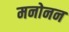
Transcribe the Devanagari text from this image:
मनोनन